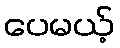
ပေမယ့်